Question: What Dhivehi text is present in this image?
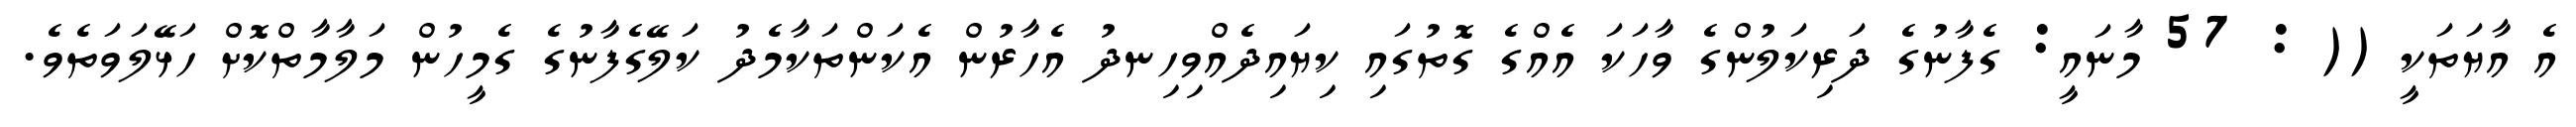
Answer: އެ އާޔަތަކީ (( : 57 މާނައީ: ގެފާނުގެ ދަރިކަލުންގެ ވާހަކަ އެއްގެ ގޮތުގައި ކިޔައިދެއްވިހިނދު އެހާރުން އެކަންތަކާމެދު ކަލޭގެފާނުގެ ގެމީހުން މަލާމާތްކޮށް ހަޅޭލަވަތެވެ.